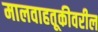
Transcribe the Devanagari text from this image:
मालवाहतूकीवरील